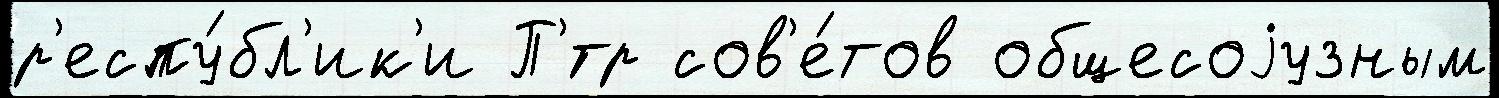
р'еспу́бл'ик'и П'́тр сов'е́тов общесоjузным